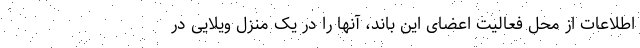
اطلاعات از محل فعالیت اعضای این باند، آنها را در یک منزل ویلایی در